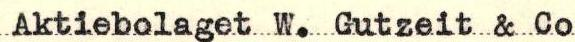
Aktiebolaget W. Gutzeit & Co